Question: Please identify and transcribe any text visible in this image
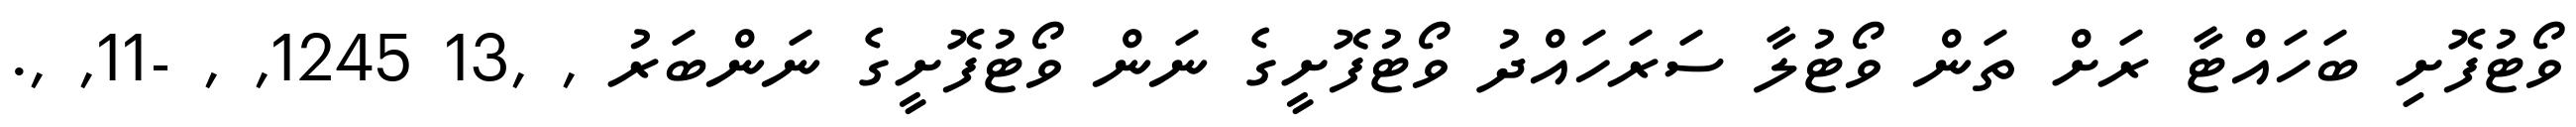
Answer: ވޯޓުފޮށި ބަހައްޓާ ރަށް ތަން ވޯޓުލާ ސަރަހައްދު ވޯޓުފޮށީގެ ނަން ވޯޓުފޮށީގެ ނަންބަރު , ,13 1245, , -11, ,.